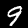
Digit: 9